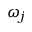
\omega _ { j }